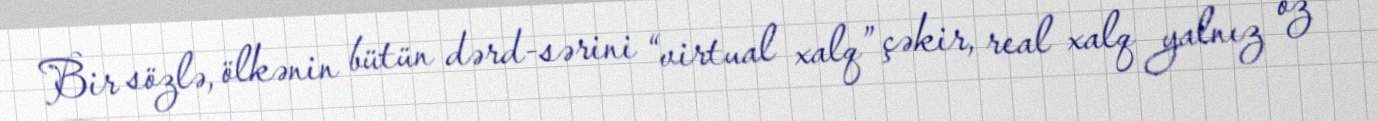
Bir sözlə, ölkənin bütün dərd-sərini “virtual xalq” çəkir, real xalq yalnız öz